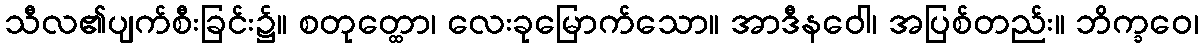
သီလ၏ပျက်စီးခြင်း၌။ စတုတ္ထော၊ လေးခုမြောက်သော။ အာဒီနဝေါ၊ အပြစ်တည်း။ ဘိက္ခဝေ၊